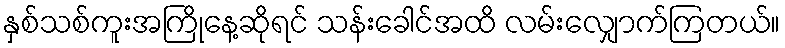
နှစ်သစ်ကူးအကြိုနေ့ဆိုရင် သန်းခေါင်အထိ လမ်းလျှောက်ကြတယ်။